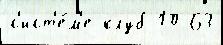
с'ист'е́м'е клуб 10 63